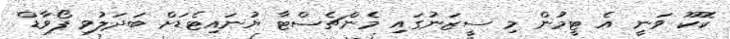
ކޮކޫ ވަނީ އެ ޓީމުން މި ސީޒަނުގައި މެންޗެސްޓާ ޔުނައިޓެޑަށް ބަދަލުވި ފޯވާޑް